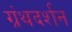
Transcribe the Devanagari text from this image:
ग्रंथदर्शन